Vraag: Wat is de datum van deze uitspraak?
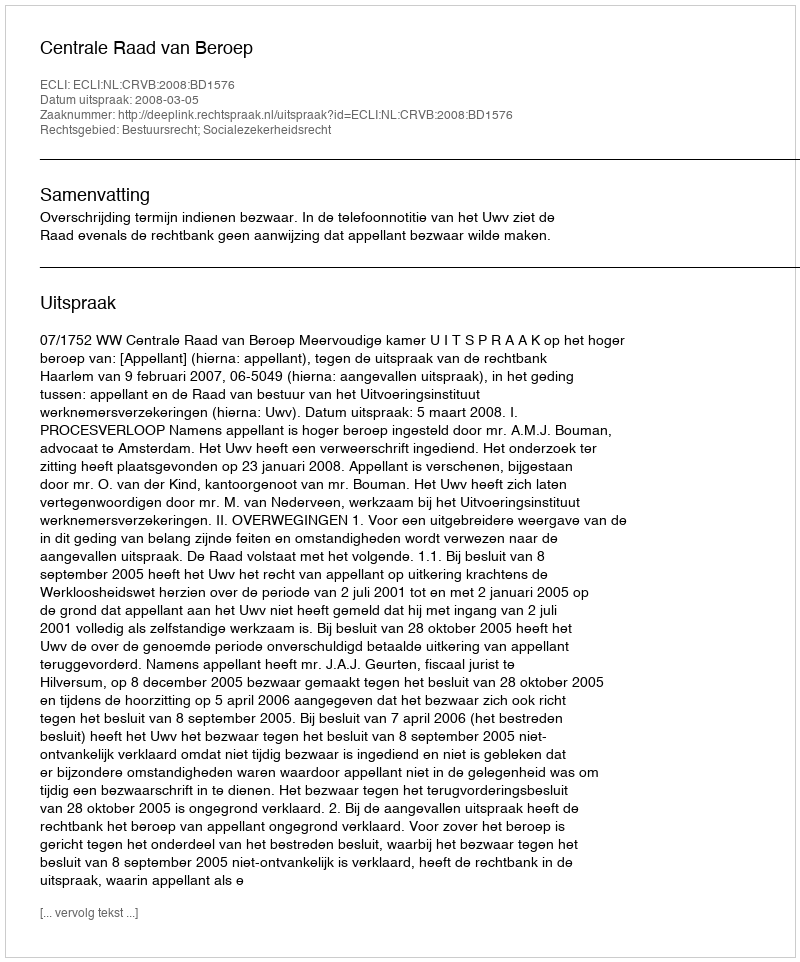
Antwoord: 2008-03-05